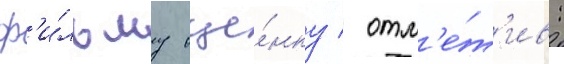
ф'и́льму оце́нку / отм'е́т'ив: